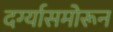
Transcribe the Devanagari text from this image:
दर्ग्यासमोरून